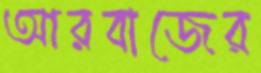
আরবাজের